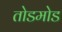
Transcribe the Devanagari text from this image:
तोडमोड